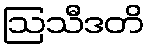
ဩသီဒတိ